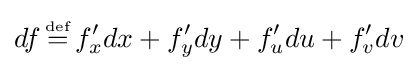
df\,{\overset {\underset {\mathrm {def} }{}}{=}}\,f'_{x}dx+f'_{y}dy+f'_{u}du+f'_{v}dv